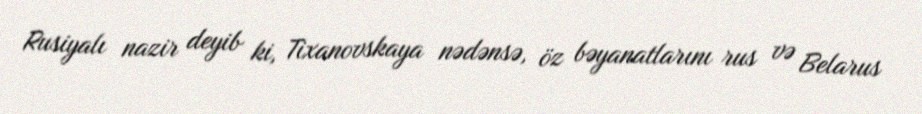
Rusiyalı nazir deyib ki, Tixanovskaya nədənsə, öz bəyanatlarını rus və Belarus